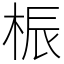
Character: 桭